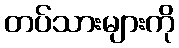
တပ်သားများကို